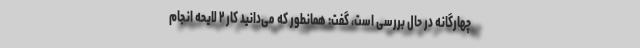
چهارگانه در حال بررسی است، گفت: همانطور که می‌دانید کار ۲ لایحه انجام